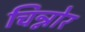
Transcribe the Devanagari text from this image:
चिन्नोर